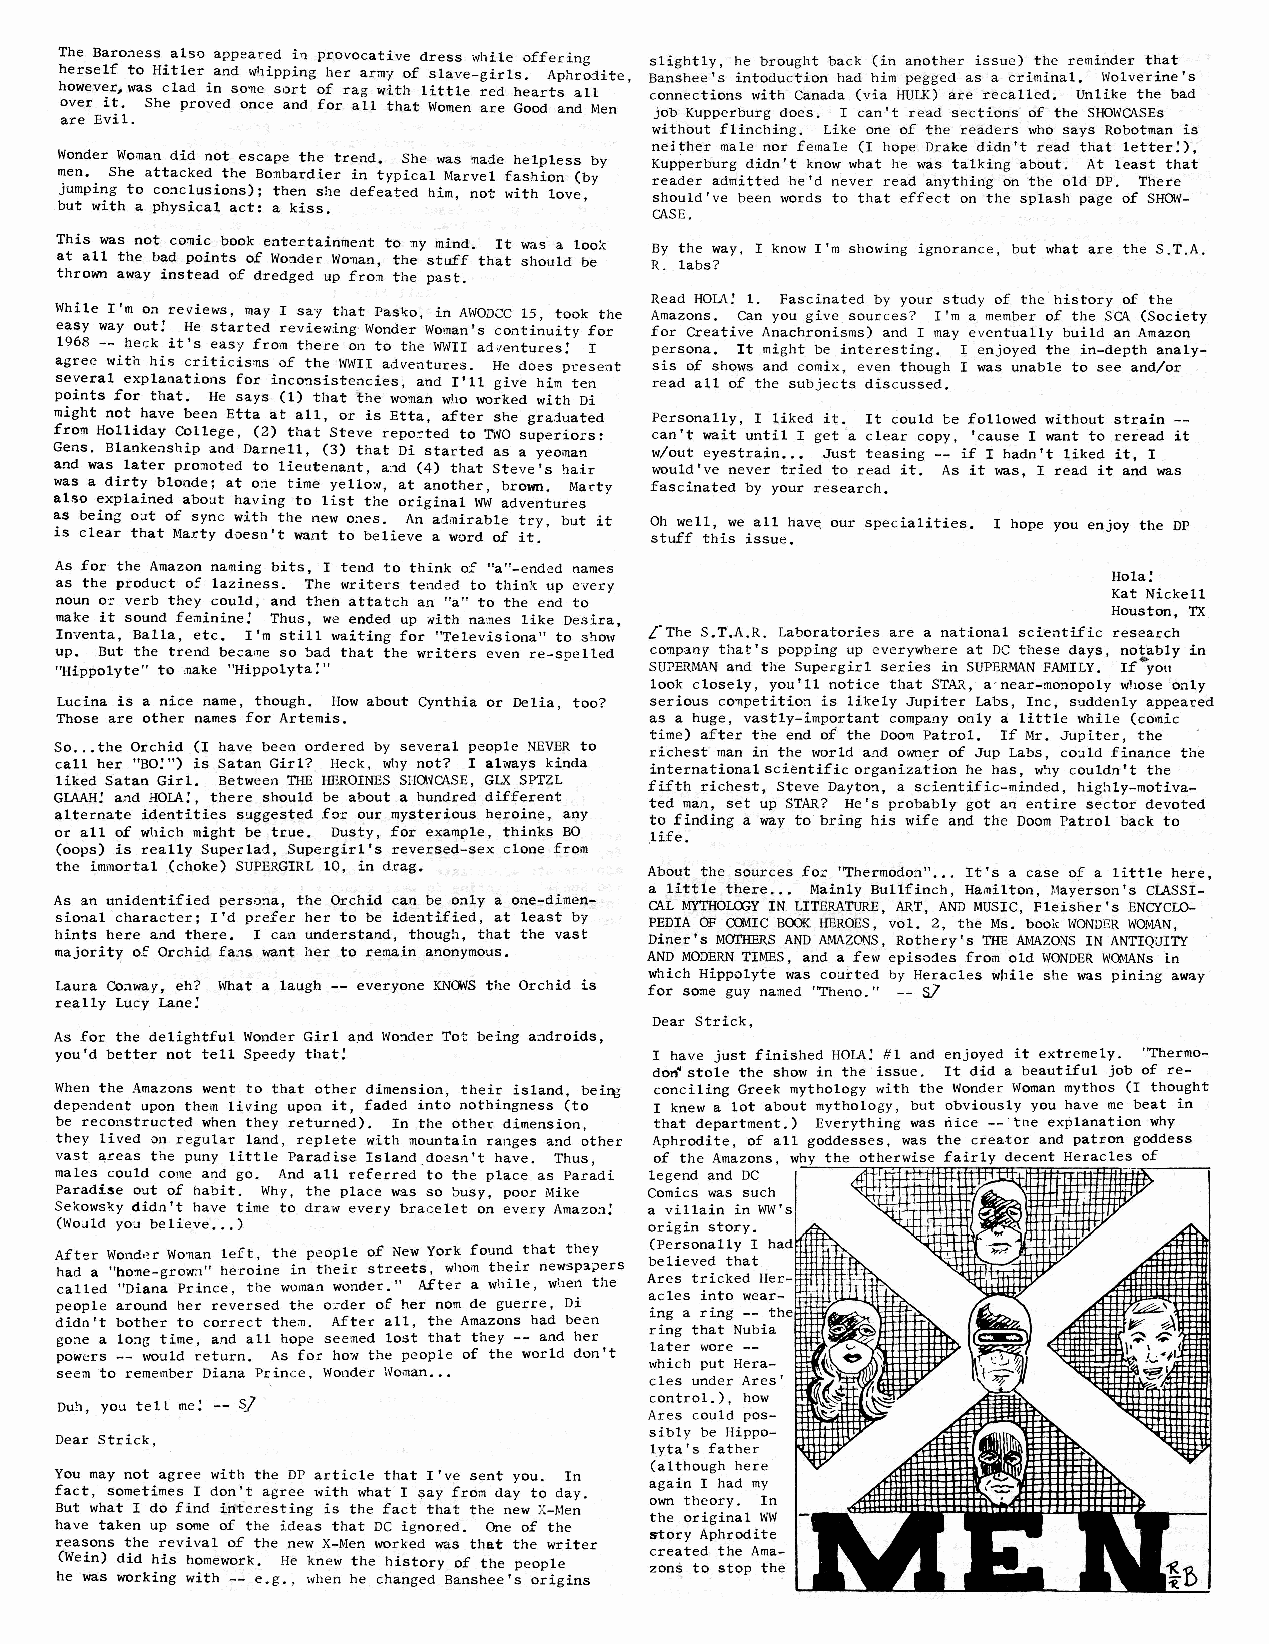
hola_2.indd 17                                                              2/19/13 3:09 PM